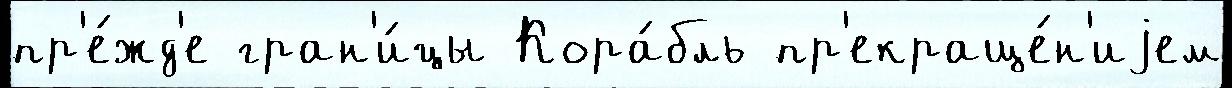
пр'е́жд'е гран'и́цы Кора́бль пр'екраще́н'иjем